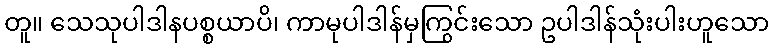
တူ။ သေသုပါဒါနပစ္စယာပိ၊ ကာမုပါဒါန်မှကြွင်းသော ဥပါဒါန်သုံးပါးဟူသော